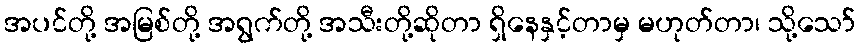
အပင်တို့ အမြစ်တို့ အရွက်တို့ အသီးတို့ဆိုတာ ရှိနေနှင့်တာမှ မဟုတ်တာ၊ သို့သော်